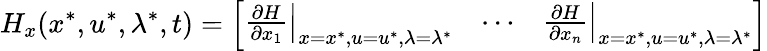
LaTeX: H_{x}(x^{*},u^{*},\lambda^{*},t)={\left[\begin{array}{lll}{\left.{\frac{\partial H}{\partial x_{1}}}\right|_{x=x^{*},u=u^{*},\lambda=\lambda^{*}}}&{\cdots}&{\left.{\frac{\partial H}{\partial x_{n}}}\right|_{x=x^{*},u=u^{*},\lambda=\lambda^{*}}}\end{array}\right]}